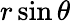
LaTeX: r\sin\theta